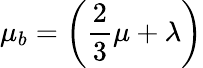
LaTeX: \mu_{b}=\displaystyle\left(\frac{2}{3}\mu+\lambda\right)